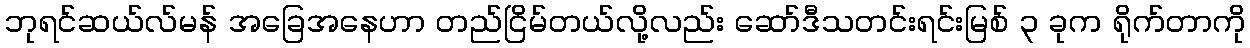
ဘုရင်ဆယ်လ်မန် အခြေအနေဟာ တည်ငြိမ်တယ်လို့လည်း ဆော်ဒီသတင်းရင်းမြစ် ၃ ခုက ရိုက်တာကို